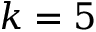
k = 5